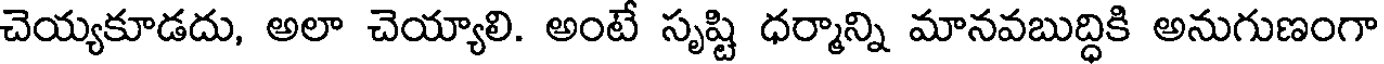
చెయ్యకూడదు, అలా చెయ్యాలి. అంటే సృష్టి ధర్మాన్ని మానవబుద్ధికి అనుగుణంగా